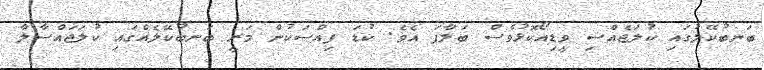
ބަނބުކޭލުގައި ކުލަޖެއްސި ވީޑިއޯކޮޅުވެސް ބަލާފަ އެވެ. ކުޑަ ފިއްސަކުން މަރީ ބަނބުކޭލެއްގައި ކުލަޖައްސާލާ